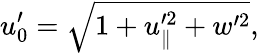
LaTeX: u_{0}^{\prime}=\sqrt{1+u_{\parallel}^{\prime 2}+w^{\prime 2}},